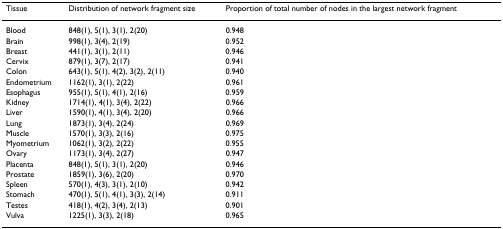
<table><thead><tr><td><b>Tissue</b></td><td><b>Distribution of network fragment size</b></td><td><b>Proportion of total number of nodes in the largest network fragment</b></td></tr></thead><tbody><tr><td>Blood</td><td>848(1), 5(1), 3(1), 2(20)</td><td>0.948</td></tr><tr><td>Brain</td><td>998(1), 3(4), 2(19)</td><td>0.952</td></tr><tr><td>Breast</td><td>441(1), 3(1), 2(11)</td><td>0.946</td></tr><tr><td>Cervix</td><td>879(1), 3(7), 2(17)</td><td>0.941</td></tr><tr><td>Colon</td><td>643(1), 5(1), 4(2), 3(2), 2(11)</td><td>0.940</td></tr><tr><td>Endometrium</td><td>1162(1), 3(1), 2(22)</td><td>0.961</td></tr><tr><td>Esophagus</td><td>955(1), 5(1), 4(1), 2(16)</td><td>0.959</td></tr><tr><td>Kidney</td><td>1714(1), 4(1), 3(4), 2(22)</td><td>0.966</td></tr><tr><td>Liver</td><td>1590(1), 4(1), 3(4), 2(20)</td><td>0.966</td></tr><tr><td>Lung</td><td>1873(1), 3(4), 2(24)</td><td>0.969</td></tr><tr><td>Muscle</td><td>1570(1), 3(3), 2(16)</td><td>0.975</td></tr><tr><td>Myometrium</td><td>1062(1), 3(2), 2(22)</td><td>0.955</td></tr><tr><td>Ovary</td><td>1173(1), 3(4), 2(27)</td><td>0.947</td></tr><tr><td>Placenta</td><td>848(1), 5(1), 3(1), 2(20)</td><td>0.946</td></tr><tr><td>Prostate</td><td>1859(1), 3(6), 2(20)</td><td>0.970</td></tr><tr><td>Spleen</td><td>570(1), 4(3), 3(1), 2(10)</td><td>0.942</td></tr><tr><td>Stomach</td><td>470(1), 5(1), 4(1), 3(3), 2(14)</td><td>0.911</td></tr><tr><td>Testes</td><td>418(1), 4(2), 3(4), 2(13)</td><td>0.901</td></tr><tr><td>Vulva</td><td>1225(1), 3(3), 2(18)</td><td>0.965</td></tr></tbody></table>